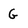
Character: G